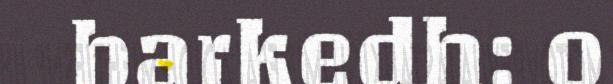
barkedh: o